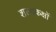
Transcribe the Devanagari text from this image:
शल्यकक्षों